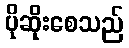
ပိုဆိုးစေသည်